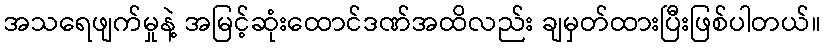
အသရေဖျက်မှုနဲ့ အမြင့်ဆုံးထောင်ဒဏ်အထိလည်း ချမှတ်ထားပြီးဖြစ်ပါတယ်။